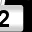
Digit: 2